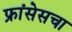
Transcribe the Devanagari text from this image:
फ्रांसेसचा